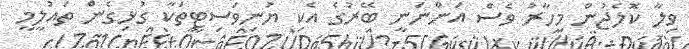
ވިލާ ކޮލެޖުން މިހާރު ވެސް އަންނަނީ ބޭރުގެ އެކި ޔުނިވަސިޓީތަކާ ގުޅިގެން ތައުލީމީ